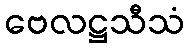
ဗေလဋ္ဌသီသံ